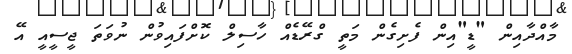
މާއްދާއިން "ޑީ"އިން ފެށިގެން މަތީ ގްރޭޑެއް ހާސިލް ކޮށްފައިވުން ނުވަތަ ޖީސީއީ އޭ